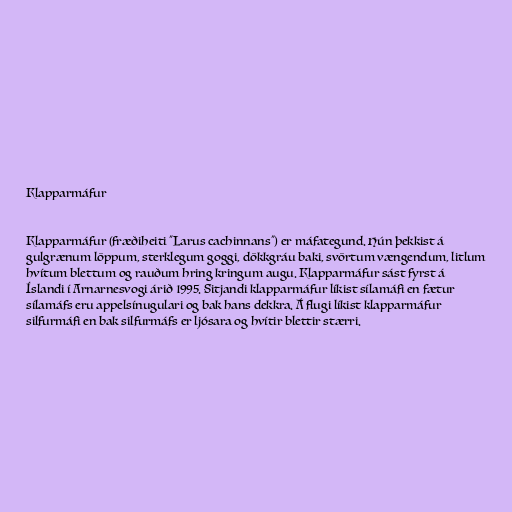
Klapparmáfur

Klapparmáfur (fræðiheiti "Larus cachinnans") er máfategund. Hún þekkist á
gulgrænum löppum, sterklegum goggi, dökkgráu baki, svörtum vængendum, litlum
hvítum blettum og rauðum hring kringum augu. Klapparmáfur sást fyrst á
Íslandi í Arnarnesvogi árið 1995. Sitjandi klapparmáfur líkist sílamáfi en fætur
sílamáfs eru appelsínugulari og bak hans dekkra. Á flugi líkist klapparmáfur
silfurmáfi en bak silfurmáfs er ljósara og hvítir blettir stærri.